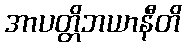
အာပတ္တိဘယာနီတိ